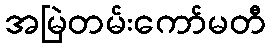
အမြဲတမ်းကော်မတီ